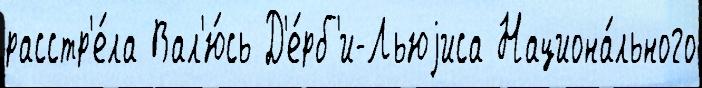
расстр'е́ла Вал'ю́сь Д'е́рб'и-Льюjиса Национа́льного